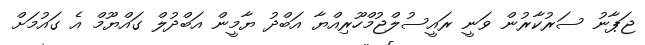
ޖަޕާނު ސަރުކާރުން ވަނީ ރައީސުލްޖުމްހޫރިއްޔާ އަބްދު ޔާމީން އަބްދުލް ގައްޔޫމް އެ ގައުމަށް